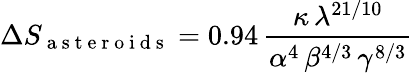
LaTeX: \Delta S_{\mathrm{~a~s~t~e~r~o~i~d~s~}}=0.94\, \frac{\kappa\, \lambda^{21/10}}{\alpha^{4}\, \beta^{4/3}\, \gamma^{8/3}}